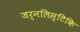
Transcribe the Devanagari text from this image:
जर्नलिस्टिकि